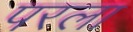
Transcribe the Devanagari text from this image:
परला